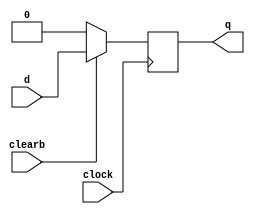
module dff_sync_clear(d,clearb,clock,q);

	input d,clearb,clock;
	output q;
	reg q;

	always @ (posedge clock)
	begin
		if(!clearb) q<=1'b0;
		else q<=d;
	end
endmodule
module reg_32bit(q,d,clk,reset);

	input [31:0]d;
	input clk,reset;
	output [31:0]q;

	genvar i;

	generate for(i=0; i<=31; i=i+1)

			begin: dffloop

			dff_sync_clear dff1(d[i],reset,clk,q[i]);
				
			end
		
	endgenerate
endmodule
module mux32_1(regData,q1,q2,q3,q4,q5,q6,q7,q8,q9,q10,q11,q12,q13,q14,q15,q16,q17,q18,q19,q20,q21,q22,q23,q24,q25,q26,q27,q28,q29,q30,q31,q32,reg_no);

	input [31:0]q1,q2,q3,q4,q5,q6,q7,q8,q9,q10,q11,q12,q13,q14,q15,q16,q17,q18,q19,q20,q21,q22,q23,q24,q25,q26,q27,q28,q29,q30,q31,q32;
	
	output [31:0]regData;
	reg [31:0]regData;
	input [4:0]reg_no;

	always @ (q1 or q2 or q3 or q4 or q5 or q6 or q7 or q8 or q9 or q10 or q11 or q12 or q13 or q14 or q15 or q16 or q17 or q18 or q19 or q20 or q21 or q22 or q23 or q24 or q25 or q26 or q27 or q28 or q29 or q30 or q31 or q32 or reg_no)
	begin
		case(reg_no)
		5'b00000: regData=q1;
		5'b00001: regData=q2;
		5'b00010: regData=q3;
		5'b00011: regData=q4;
		5'b00100: regData=q5;
		5'b00101: regData=q6;
		5'b00110: regData=q7;
		5'b00111: regData=q8;
		5'b01000: regData=q9;
		5'b01001: regData=q10;
		5'b01010: regData=q11;
		5'b01011: regData=q12;
		5'b01100: regData=q13;
		5'b01101: regData=q14;
		5'b01110: regData=q15;
		5'b01111: regData=q16;
		5'b10000: regData=q17;
		5'b10001: regData=q18;
		5'b10010: regData=q19;
		5'b10011: regData=q20;
		5'b10100: regData=q21;
		5'b10101: regData=q22;
		5'b10110: regData=q23;
		5'b10111: regData=q24;
		5'b11000: regData=q25;
		5'b11001: regData=q26;
		5'b11010: regData=q27;
		5'b11011: regData=q28;
		5'b11100: regData=q29;
		5'b11101: regData=q30;
		5'b11110: regData=q31;
		5'b11111: regData=q32;
		endcase;
	end
endmodule

module decoder5_32(register,reg_no);

	input [4:0]reg_no;
	output [31:0]register;

	assign register[0]=((~reg_no[4])&(~reg_no[3])&(~reg_no[2])&(~reg_no[1])&(~reg_no[0]));
	assign register[1]=((~reg_no[4])&(~reg_no[3])&(~reg_no[2])&(~reg_no[1])&(reg_no[0]));
	assign register[2]=((~reg_no[4])&(~reg_no[3])&(~reg_no[2])&(reg_no[1])&(~reg_no[0]));
	assign register[3]=((~reg_no[4])&(~reg_no[3])&(~reg_no[2])&(reg_no[1])&(reg_no[0]));
	assign register[4]=((~reg_no[4])&(~reg_no[3])&(reg_no[2])&(~reg_no[1])&(~reg_no[0]));
	assign register[5]=((~reg_no[4])&(~reg_no[3])&(reg_no[2])&(~reg_no[1])&(reg_no[0]));
	assign register[6]=((~reg_no[4])&(~reg_no[3])&(reg_no[2])&(reg_no[1])&(~reg_no[0]));
	assign register[7]=((~reg_no[4])&(~reg_no[3])&(reg_no[2])&(reg_no[1])&(reg_no[0]));
	assign register[8]=((~reg_no[4])&(reg_no[3])&(~reg_no[2])&(~reg_no[1])&(~reg_no[0]));
	assign register[9]=((~reg_no[4])&(reg_no[3])&(~reg_no[2])&(~reg_no[1])&(reg_no[0]));
	assign register[10]=((~reg_no[4])&(reg_no[3])&(~reg_no[2])&(reg_no[1])&(~reg_no[0]));
	assign register[11]=((~reg_no[4])&(reg_no[3])&(~reg_no[2])&(reg_no[1])&(reg_no[0]));
	assign register[12]=((~reg_no[4])&(reg_no[3])&(reg_no[2])&(~reg_no[1])&(~reg_no[0]));
	assign register[13]=((~reg_no[4])&(reg_no[3])&(reg_no[2])&(~reg_no[1])&(reg_no[0]));
	assign register[14]=((~reg_no[4])&(reg_no[3])&(reg_no[2])&(reg_no[1])&(~reg_no[0]));
	assign register[15]=((~reg_no[4])&(reg_no[3])&(reg_no[2])&(reg_no[1])&(reg_no[0]));
	assign register[16]=((reg_no[4])&(~reg_no[3])&(~reg_no[2])&(~reg_no[1])&(~reg_no[0]));
	assign register[17]=((reg_no[4])&(~reg_no[3])&(~reg_no[2])&(~reg_no[1])&(reg_no[0]));
	assign register[18]=((reg_no[4])&(~reg_no[3])&(~reg_no[2])&(reg_no[1])&(~reg_no[0]));
	assign register[19]=((reg_no[4])&(~reg_no[3])&(~reg_no[2])&(reg_no[1])&(reg_no[0]));
	assign register[20]=((reg_no[4])&(~reg_no[3])&(reg_no[2])&(~reg_no[1])&(~reg_no[0]));
	assign register[21]=((reg_no[4])&(~reg_no[3])&(reg_no[2])&(~reg_no[1])&(reg_no[0]));
	assign register[22]=((reg_no[4])&(~reg_no[3])&(reg_no[2])&(reg_no[1])&(~reg_no[0]));
	assign register[23]=((reg_no[4])&(~reg_no[3])&(reg_no[2])&(reg_no[1])&(reg_no[0]));
	assign register[24]=((reg_no[4])&(reg_no[3])&(~reg_no[2])&(~reg_no[1])&(~reg_no[0]));
	assign register[25]=((reg_no[4])&(reg_no[3])&(~reg_no[2])&(~reg_no[1])&(reg_no[0]));
	assign register[26]=((reg_no[4])&(reg_no[3])&(~reg_no[2])&(reg_no[1])&(~reg_no[0]));
	assign register[27]=((reg_no[4])&(reg_no[3])&(~reg_no[2])&(reg_no[1])&(reg_no[0]));
	assign register[28]=((reg_no[4])&(reg_no[3])&(reg_no[2])&(~reg_no[1])&(~reg_no[0]));
	assign register[29]=((reg_no[4])&(reg_no[3])&(reg_no[2])&(~reg_no[1])&(reg_no[0]));
	assign register[30]=((reg_no[4])&(reg_no[3])&(reg_no[2])&(reg_no[1])&(~reg_no[0]));
	assign register[31]=((reg_no[4])&(reg_no[3])&(reg_no[2])&(reg_no[1])&(reg_no[0]));

endmodule

module RegFile(clk,reset,ReadReg1,ReadReg2,WriteData,WriteReg,RegWrite,ReadData1,ReadData2);

	input clk, reset, RegWrite;
  	input [4:0] ReadReg1, ReadReg2, WriteReg;
  	input [31:0]  WriteData;
  	output  [31:0]  ReadData1, ReadData2; 

  	wire [31:0]q0,q1,q2,q3,q4,q5,q6,q7,q8,q9,q10,q11,q12,q13,q14,q15,q16,q17,q18,q19,q20,q21,q22,q23,q24,q25,q26,q27,q28,q29,q30,q31;
  	wire [31:0]decode;
  	wire [31:0]c; //Clock Gating
  	genvar j;

  	decoder5_32 dec(decode, WriteReg);

  	generate
	    for(j=0; j <32; j=j+1) 
	    begin:and_loop
	    and g(c[j],RegWrite,decode[j],clk);
	    end
    endgenerate

    reg_32bit r0(q0, WriteData, c[0], reset);
	reg_32bit r1(q1, WriteData, c[1], reset);
	reg_32bit r2(q2, WriteData, c[2], reset);
	reg_32bit r3(q3, WriteData, c[3], reset);
	reg_32bit r4(q4, WriteData, c[4], reset);
	reg_32bit r5(q5, WriteData, c[5], reset);
	reg_32bit r6(q6, WriteData, c[6], reset);
	reg_32bit r7(q7, WriteData, c[7], reset);
	reg_32bit r8(q8, WriteData, c[8], reset);
	reg_32bit r9(q9, WriteData, c[9], reset);
	reg_32bit r10(q10, WriteData, c[10], reset);
	reg_32bit r11(q11, WriteData, c[11], reset);
	reg_32bit r12(q12, WriteData, c[12], reset);
	reg_32bit r13(q13, WriteData, c[13], reset);
	reg_32bit r14(q14, WriteData, c[14], reset);
	reg_32bit r15(q15, WriteData, c[15], reset);
	reg_32bit r16(q16, WriteData, c[16], reset);
	reg_32bit r17(q17, WriteData, c[17], reset);
	reg_32bit r18(q18, WriteData, c[18], reset);
	reg_32bit r19(q19, WriteData, c[19], reset);
	reg_32bit r20(q20, WriteData, c[20], reset);
	reg_32bit r21(q21, WriteData, c[21], reset);
	reg_32bit r22(q22, WriteData, c[22], reset);
	reg_32bit r23(q23, WriteData, c[23], reset);
	reg_32bit r24(q24, WriteData, c[24], reset);
	reg_32bit r25(q25, WriteData, c[25], reset);
	reg_32bit r26(q26, WriteData, c[26], reset);
	reg_32bit r27(q27, WriteData, c[27], reset);
	reg_32bit r28(q28, WriteData, c[28], reset);
	reg_32bit r29(q29, WriteData, c[29], reset);
	reg_32bit r30(q30, WriteData, c[30], reset);
	reg_32bit r31(q31, WriteData, c[31], reset);

	mux32_1 m1(ReadData1,q0,q1,q2,q3,q4,q5,q6,q7,q8,q9,q10,q11,q12,q13,q14,q15,q16,q17,q18,q19,q20,q21,q22,q23,q24,q25,q26,q27,q28,q29,q30,q31,ReadReg1);
	mux32_1 m2(ReadData2,q0,q1,q2,q3,q4,q5,q6,q7,q8,q9,q10,q11,q12,q13,q14,q15,q16,q17,q18,q19,q20,q21,q22,q23,q24,q25,q26,q27,q28,q29,q30,q31,ReadReg2);

endmodule

/*module tbRegFile32;

  reg clk, reset, RegWrite;
  reg [4:0] ReadReg1, ReadReg2, WriteReg;
  reg [31:0]  WriteData;
  wire  [31:0]  ReadData1, ReadData2;

  RegFile rgf(clk,reset,ReadReg1,ReadReg2,WriteData,WriteReg,RegWrite,ReadData1,ReadData2);
  
  initial 
  begin

    $monitor($time, ": reset = %b, RegWrite = %b, ReadReg1 = %b, ReadReg2 = %b, WriteReg = %b, WriteData = %b, ReadData1 = %b, ReadData2 = %b.", reset, RegWrite, ReadReg1, ReadReg2, WriteReg, WriteData, ReadData1, ReadData2);
    #0   clk = 1'b1; ReadReg1 = 5'b00000; ReadReg2 = 5'b11111; reset = 1'b1;
    #2   reset = 1'b0;
    #10   reset = 1'b1; RegWrite = 1'b1;  WriteData = 32'h00000001; WriteReg = 5'b00000;
    repeat(31)   
    begin
        #10   WriteData = WriteData + 32'h00000001;   WriteReg = WriteReg + 5'b00001;
    end
    #10   RegWrite = 1'b0;   ReadReg1 = 5'b00000;   ReadReg2 = 5'b00001;
    repeat(15)   
    begin
        #10   ReadReg1 = ReadReg1 + 5'b00010;   ReadReg2 = ReadReg2 + 5'b00010;
    end
    #10   $finish;

  end

  always
    #5  clk= ~clk;

endmodule*/